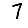
Digit: 7